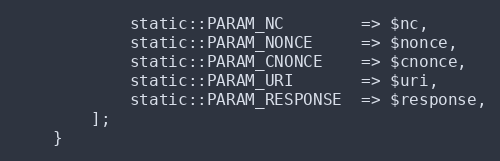
Language: PHP
			static::PARAM_NC		=> $nc,
			static::PARAM_NONCE		=> $nonce,
			static::PARAM_CNONCE	=> $cnonce,
			static::PARAM_URI		=> $uri,
			static::PARAM_RESPONSE	=> $response,
		];
	}